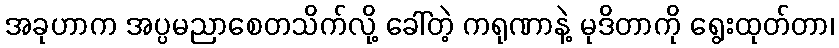
အခုဟာက အပ္ပမညာစေတသိက်လို့ ခေါ်တဲ့ ကရုဏာနဲ့ မုဒိတာကို ရွေးထုတ်တာ၊